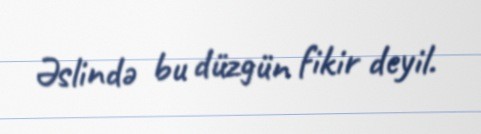
Əslində bu düzgün fikir deyil.